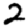
Digit: 2